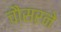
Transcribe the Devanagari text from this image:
चौसरने